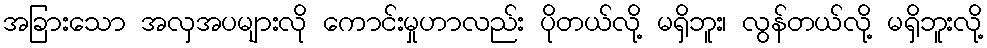
အခြားသော အလှအပများလို ကောင်းမှုဟာလည်း ပိုတယ်လို့ မရှိဘူး၊ လွန်တယ်လို့ မရှိဘူးလို့